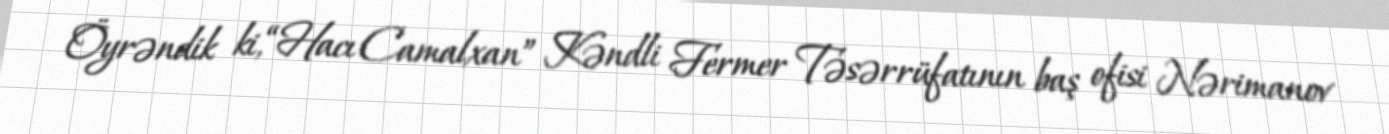
Öyrəndik ki, “Hacı Camalxan” Kəndli Fermer Təsərrüfatının baş ofisi Nərimanov